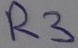
Text: R3